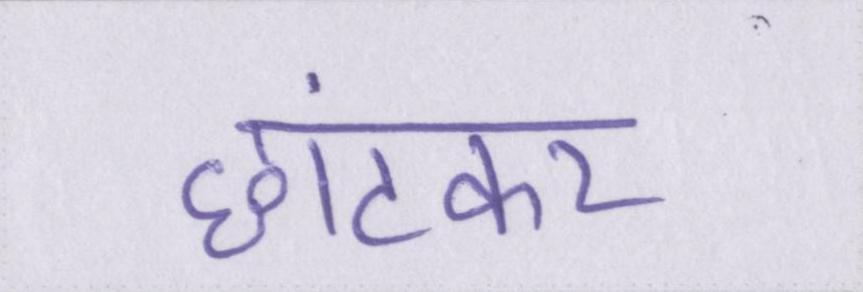
छांटकर